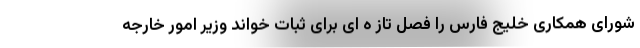
شورای همکاری خلیج فارس را فصل تاز ه ای برای ثبات خواند وزیر امور خارجه